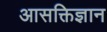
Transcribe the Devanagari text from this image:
आसक्तिज्ञान